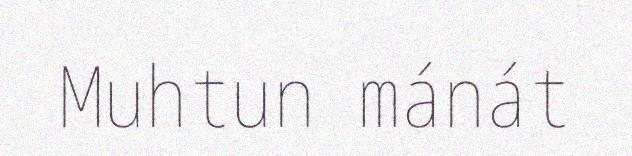
Muhtun mánát